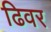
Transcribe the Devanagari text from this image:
ढिवर